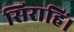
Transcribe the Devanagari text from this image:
सिराहिं।